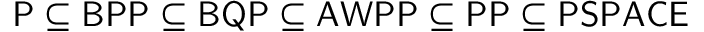
\mathsf { P \subseteq B P P \subseteq B Q P \subseteq A W P P \subseteq P P \subseteq P S P A C E }